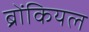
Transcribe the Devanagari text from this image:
ब्रोंकियल